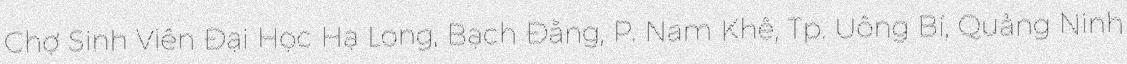
Chợ Sinh Viên Đại Học Hạ Long, Bạch Đằng, P. Nam Khê, Tp. Uông Bí, Quảng Ninh